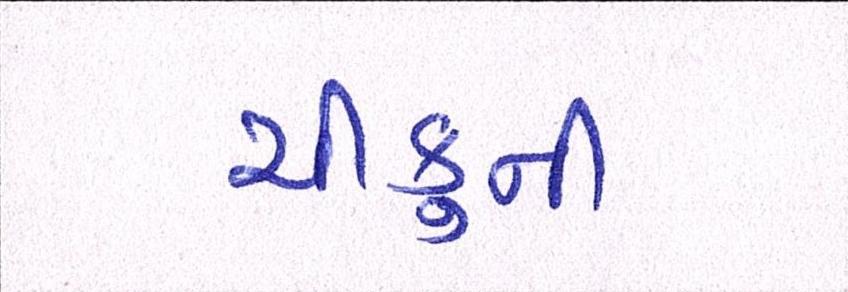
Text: ચીકુની